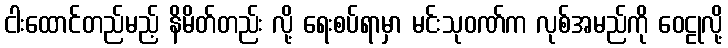
ငါးထောင်တည်မည့် နိမိတ်တည်း လို့ ရေးစပ်ရာမှာ မင်းသုဝဏ်က လုစ်အမည်ကို ဝေဠုလို့